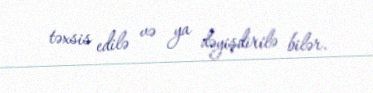
təxsis edilə və ya dəyişdirilə bilər.